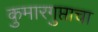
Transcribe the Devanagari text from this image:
कुमारगुप्ताचा